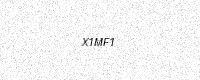
Text: X1MF1